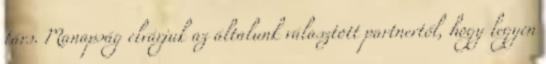
társ. Manapság elvárjuk az általunk választott partnertől, hogy legyen